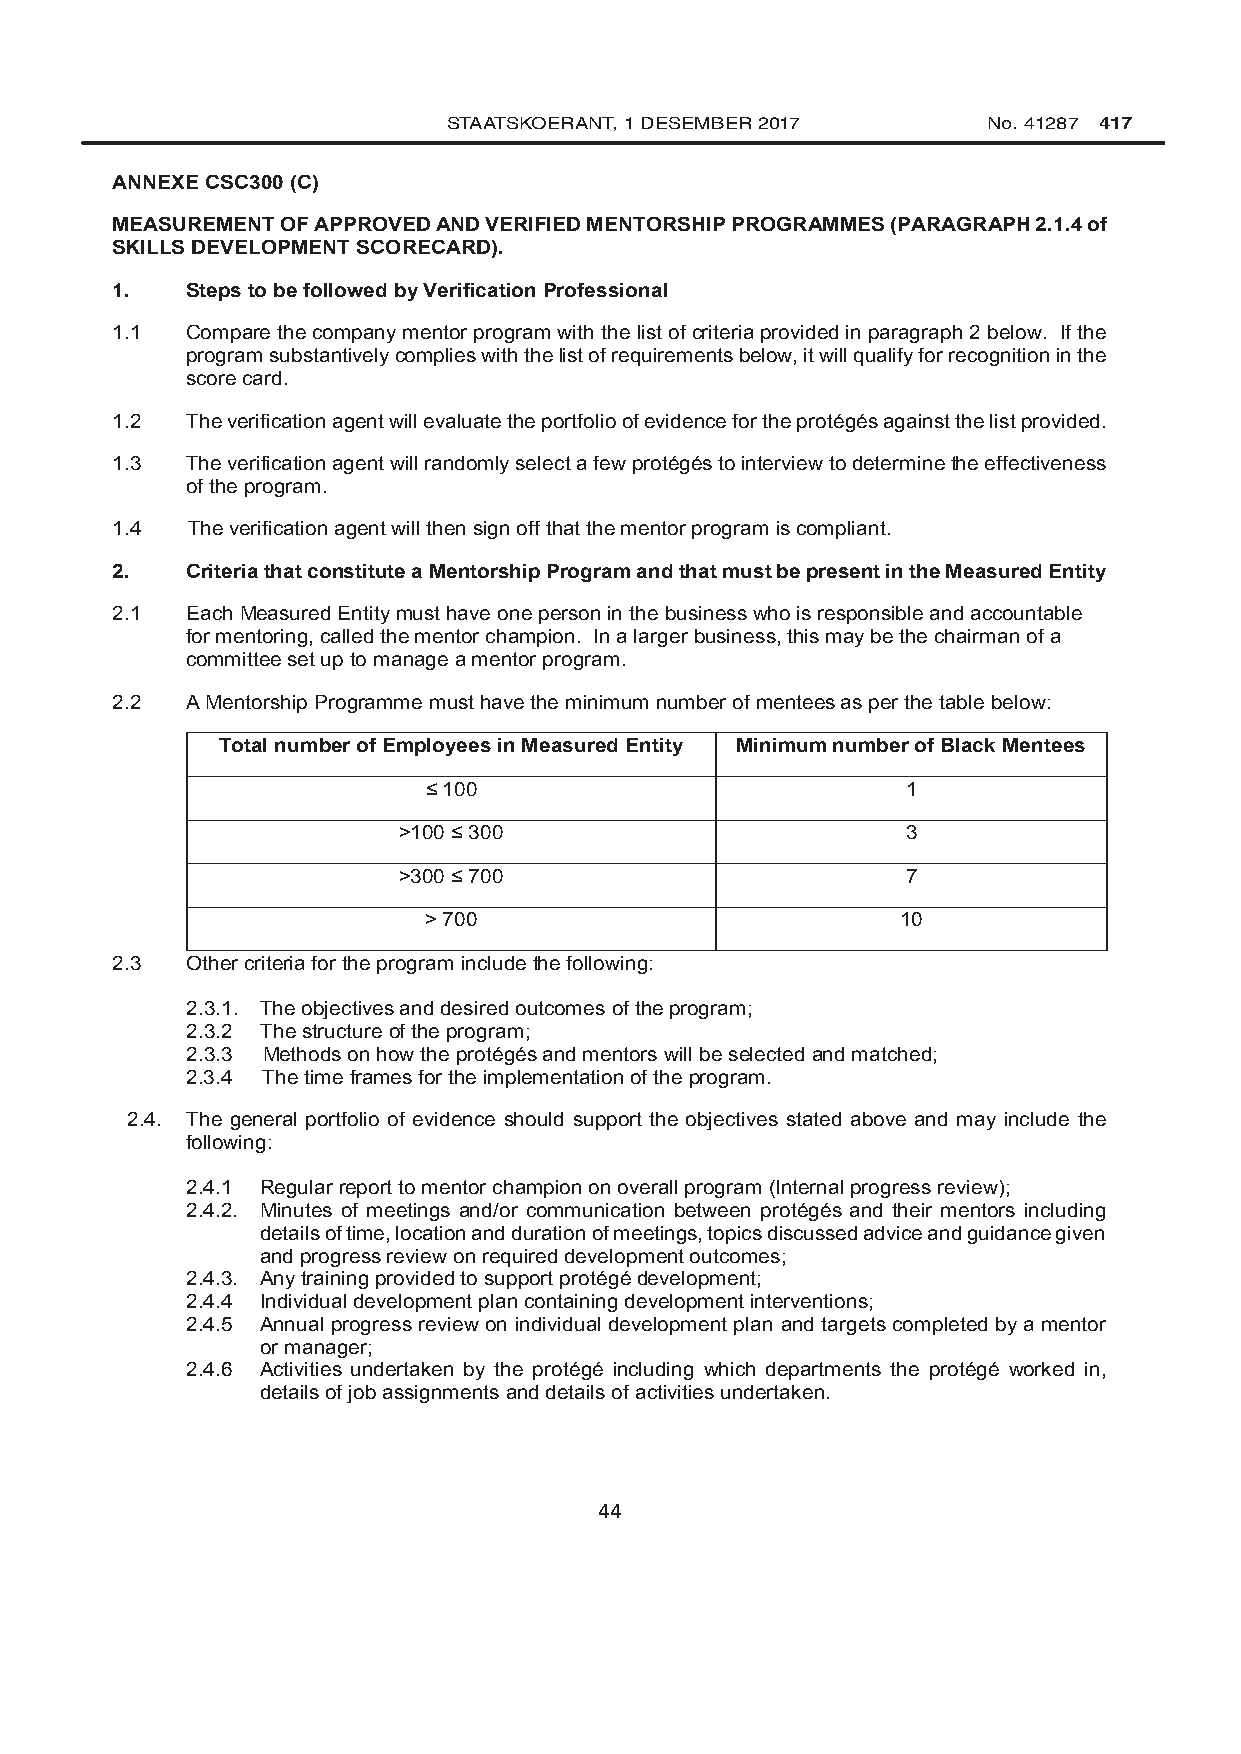
STAATSKOERANT, 1 DESEMBER 2017     No. 41287 417
 ANNEXE CSC300 (C)
 MEASUREMENT OF APPROVED AND VERIFIED MENTORSHIP PROGRAMMES (PARAGRAPH 2.1.4 of
 SKILLS DEVELOPMENT SCORECARD).
 1.   Steps to be followed by Verification Professional
 1.1  Compare the company mentor program with the list of criteria provided in paragraph 2 below. If the
 program substantively complies with the list of requirements below, it will qualify for recognition in the
 score card.
 1.2  The verification agent will evaluate the portfolio of evidence for the protégés against the list provided.
 1.3  The verification agent will randomly select a few protégés to interview to determine the effectiveness
 of the program.
 1.4  The verification agent will then sign off that the mentor program is compliant.
 2.   Criteria that constitute a Mentorship Program and that must be present in the Measured Entity
 2.1  Each Measured Entity must have one person in the business who is responsible and accountable
 for mentoring, called the mentor champion. In a larger business, this may be the chairman of a
 committee set up to manage a mentor program.
 2.2  A Mentorship Programme must have the minimum number of mentees as per the table below:
 Total number of Employees in Measured Entity Minimum number of Black Mentees
 ≤ 100                           1
 >100 ≤ 300                        3
 >300 ≤ 700                        7
 > 700                           10
 2.3  Other criteria for the program include the following:
 2.3.1. The objectives and desired outcomes of the program;
 2.3.2 The structure of the program;
 2.3.3 Methods on how the protégés and mentors will be selected and matched;
 2.3.4 The time frames for the implementation of the program.
 2.4. The general portfolio of evidence should support the objectives stated above and may include the
 following:
 2.4.1 Regular report to mentor champion on overall program (Internal progress review);
 2.4.2. Minutes of meetings and/or communication between protégés and their mentors including
 details of time, location and duration of meetings, topics discussed advice and guidance given
 and progress review on required development outcomes;
 2.4.3. Any training provided to support protégé development;
 2.4.4 Individual development plan containing development interventions;
 2.4.5 Annual progress review on individual development plan and targets completed by a mentor
 or manager;
 2.4.6 Activities undertaken by the protégé including which departments the protégé worked in,
 details of job assignments and details of activities undertaken.
 44